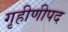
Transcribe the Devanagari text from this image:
गृहीणीपद